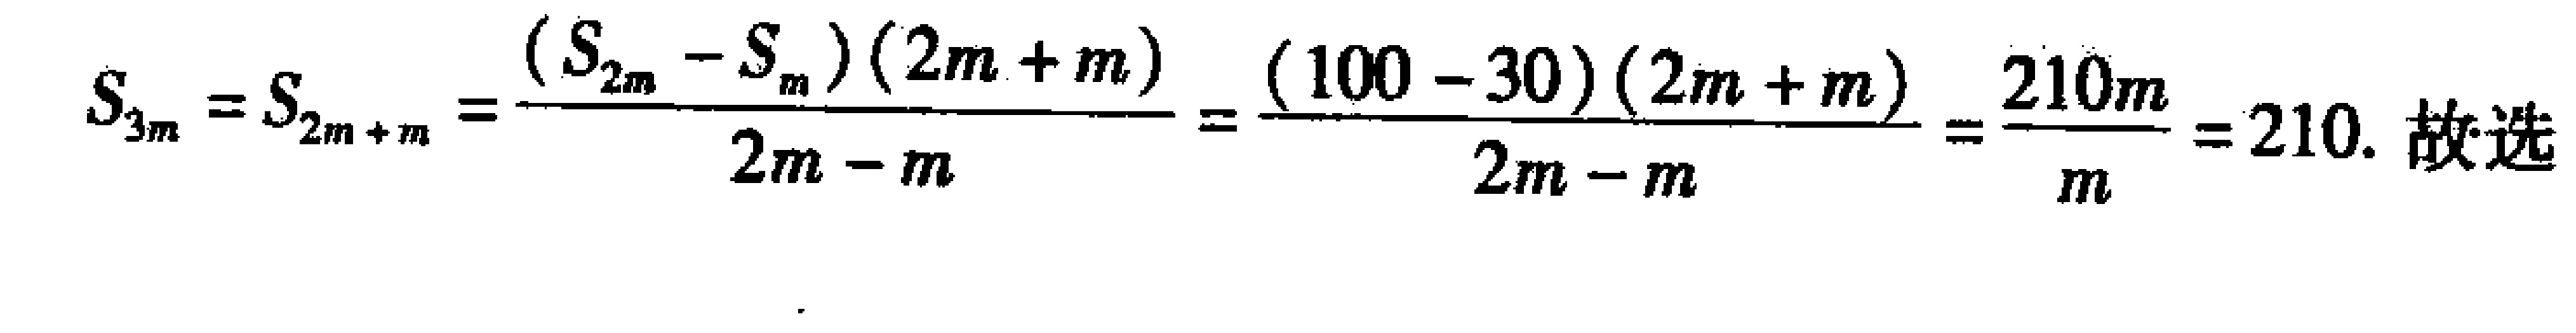
\[
S_{3m}=S_{2m + m}=\frac{(S_{2m}-S_{m})(2m + m)}{2m - m}=\frac{(100 - 30)(2m + m)}{2m - m}=\frac{210m}{m}=210. 故选
\]